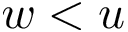
w < u